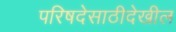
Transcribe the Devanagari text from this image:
परिषदेसाठीदेखील